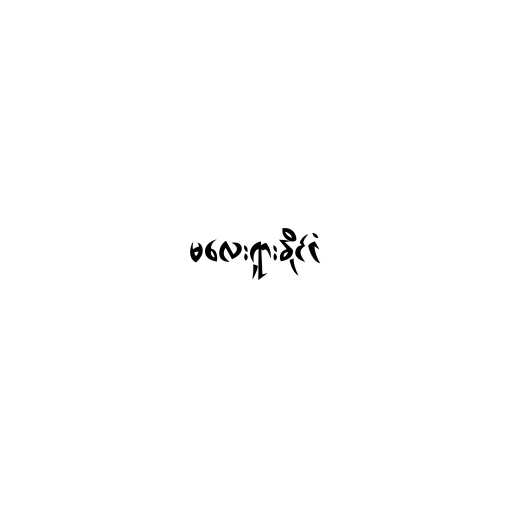
မလေးရှားနိုင်ငံ